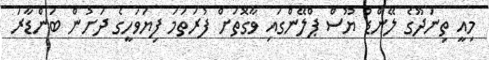
މިއީ ތިނަދޫގެ ލޭންޑް ޔޫސް ޕްލޭންގައި ވާގޮތަށް ފުރަތަމަ ފިޔަވަހީގެ ދަށުން ބަންޑާރަ